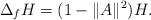
LaTeX: \begin{align*}\Delta_f H= (1-\| A \|^2)H.\end{align*}